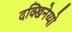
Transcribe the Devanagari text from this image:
दक्खिनेय्यो